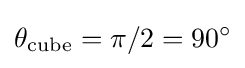
\theta _{\mathrm {cube} }=\pi /2=90^{\circ }